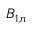
B _ { 1 , n }